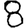
Digit: 8